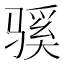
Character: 𫘬